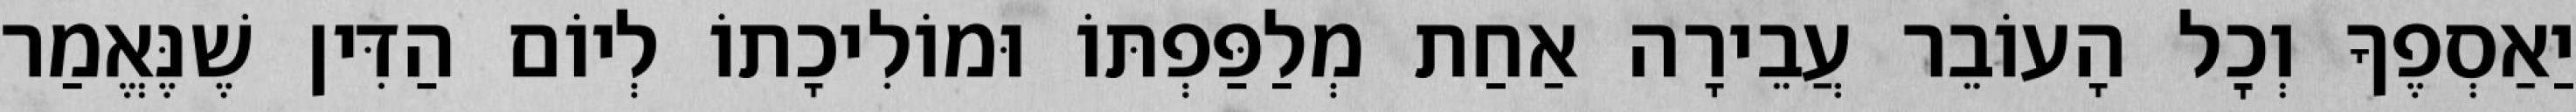
יַאַסְפֶךָ וְכׇל הָעוֹבֵר עֲבֵירָה אַחַת מְלַפַּפְתּוֹ וּמוֹלִיכָתוֹ לְיוֹם הַדִּין שֶׁנֶּאֱמַר